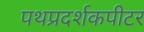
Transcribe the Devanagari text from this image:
पथप्रदर्शकपीटर